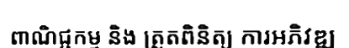
ពាណិជ្ជកម្ម និង ត្រួតពិនិត្យ ការអភិវឌ្ឍ